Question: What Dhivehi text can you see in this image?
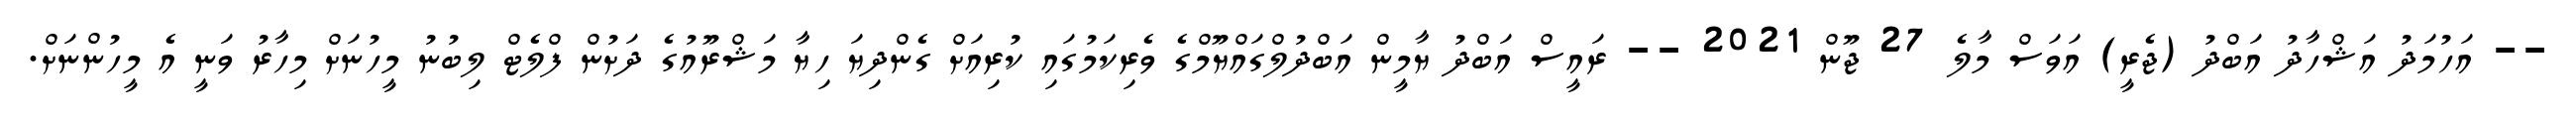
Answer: -- އަހުމަދު އަޝްހާދު އަބްދު (ޖެރީ) އަވަސް މާލެ 27 ޖޫން 2021 -- ރައީސް އަބްދު ޔާމީން އަބްދުލްގައްޔޫމްގެ ވެރިކަމުގައި ކުރިއަށް ގެންދިޔަ ހިޔާ މަޝްރޫއުގެ ދަށުން ފްލެޓް ލިބުނު މީހުނަށް މިހާރު ވަނީ އެ މީހުންނަށް.